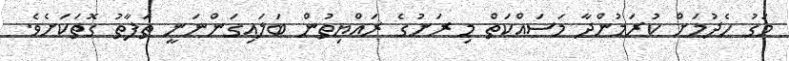
މަގު ހެދުމަށް ކުރަމުންދާ މަސައްކަތް މި ރަށުގެ ރައްޔިތުން ބަލައިގަންނަނީ ތަފާތު ގޮތަކަށެވެ.